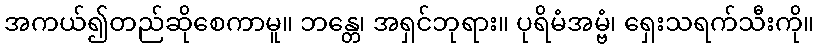
အကယ်၍တည်ဆိုစေကာမူ။ ဘန္တေ၊ အရှင်ဘုရား။ ပုရိမံအမ္ဗံ၊ ရှေးသရက်သီးကို။